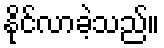
နိုင်လာခဲ့သည်။